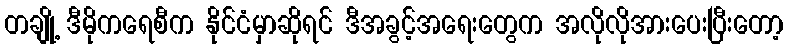
တချို့ ဒီမိုကရေစီက နိုင်ငံမှာဆိုရင် ဒီအခွင့်အရေးတွေက အလိုလိုအားပေးပြီးတော့